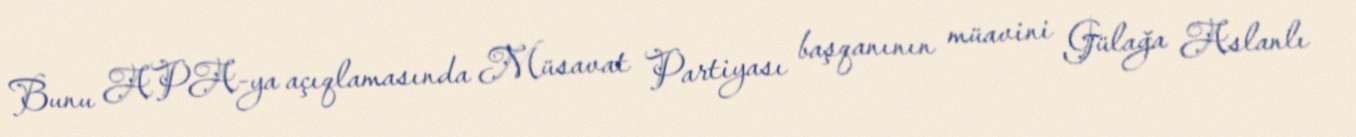
Bunu APA-ya açıqlamasında Müsavat Partiyası başqanının müavini Gülağa Aslanlı